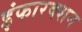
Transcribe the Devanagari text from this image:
इंफारक्शन